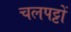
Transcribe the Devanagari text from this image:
चलपट्टों